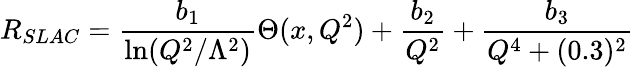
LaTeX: R_{SLAC}={\frac{b_{1}}{\ln(Q^{2}/\Lambda^{2})}}\Theta(x,Q^{2})+{\frac{b_{2}}{Q^{2}}}+{\frac{b_{3}}{Q^{4}+(0.3)^{2}}}